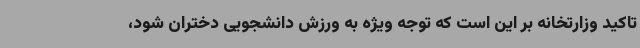
تاکید وزارتخانه بر این است که توجه ویژه به ورزش دانشجویی دختران شود،